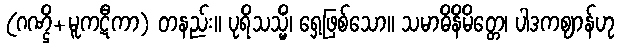
(ဂဏ္ဌိ+မူကဋီကာ) တနည်း။ ပုရိသသ္မိံ၊ ရှေ့ဖြစ်သော။ သမာဓိနိမိတ္တေ၊ ပါဒကဈာန်ဟု